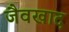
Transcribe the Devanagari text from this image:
जैवखाद